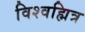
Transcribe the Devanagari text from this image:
विश्वह्मित्र